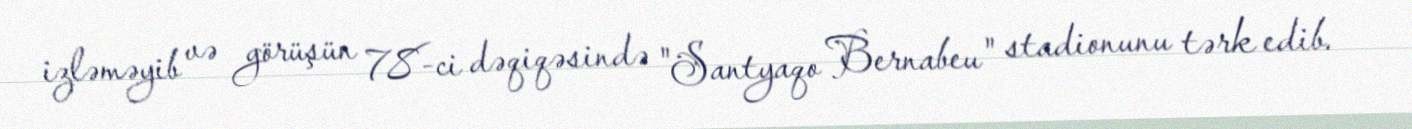
izləməyib və görüşün 78-ci dəqiqəsində "Santyaqo Bernabeu" stadionunu tərk edib.